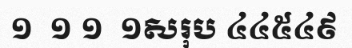
១  ១ ១  ១សរុប ៤៤៥៤៩